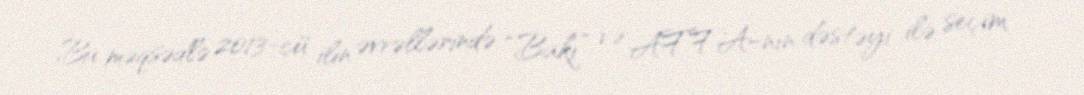
Bu məqsədlə 2013-cü ilin əvvəllərində “Bakı” və AFFA-nın dəstəyi ilə seçim